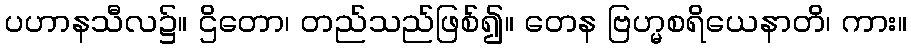
ပဟာနသီလ၌။ ဌိတော၊ တည်သည်ဖြစ်၍။ တေန ဗြဟ္မစရိယေနာတိ၊ ကား။